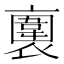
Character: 𧝕